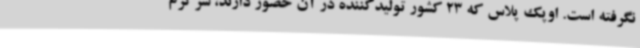
نگرفته است. اوپک پلاس که 23 کشور تولیدکننده در آن حضور دارند، سرگرم